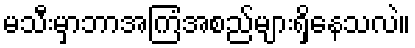
မသီးမှာဘာအကြံအစည်များရှိနေသလဲ။